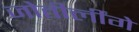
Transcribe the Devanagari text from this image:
जोतीर्लींगे